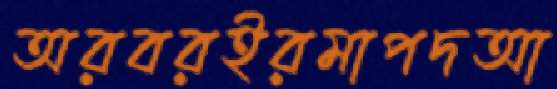
অরবরইরমাপদআ